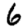
Digit: 6